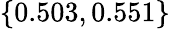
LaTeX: \{ 0.503,0.551\}